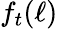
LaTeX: f_{t}(\ell)